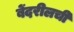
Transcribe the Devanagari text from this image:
बेंदरीलची